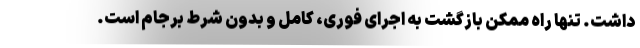
داشت. تنها راه ممکن بازگشت به اجرای فوری، کامل و بدون شرط برجام است.